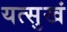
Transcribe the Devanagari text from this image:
यत्सुखं